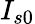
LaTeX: I_{s0}